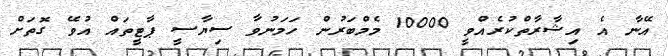
އޭނާ އެ އިޝާރާތްކުރެއްވީ 10000 މެމްބަރުން ހަމަނުވާ ސިޔާސީ ޕާޓީތައް އުވޭ ގޮތަށް